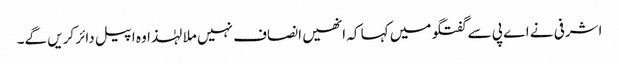
اشرفی نے اے پی سے گفتگو میں کہا کہ انھیں انصاف نہیں ملا لہٰذا وہ اپیل دائر کریں گے۔